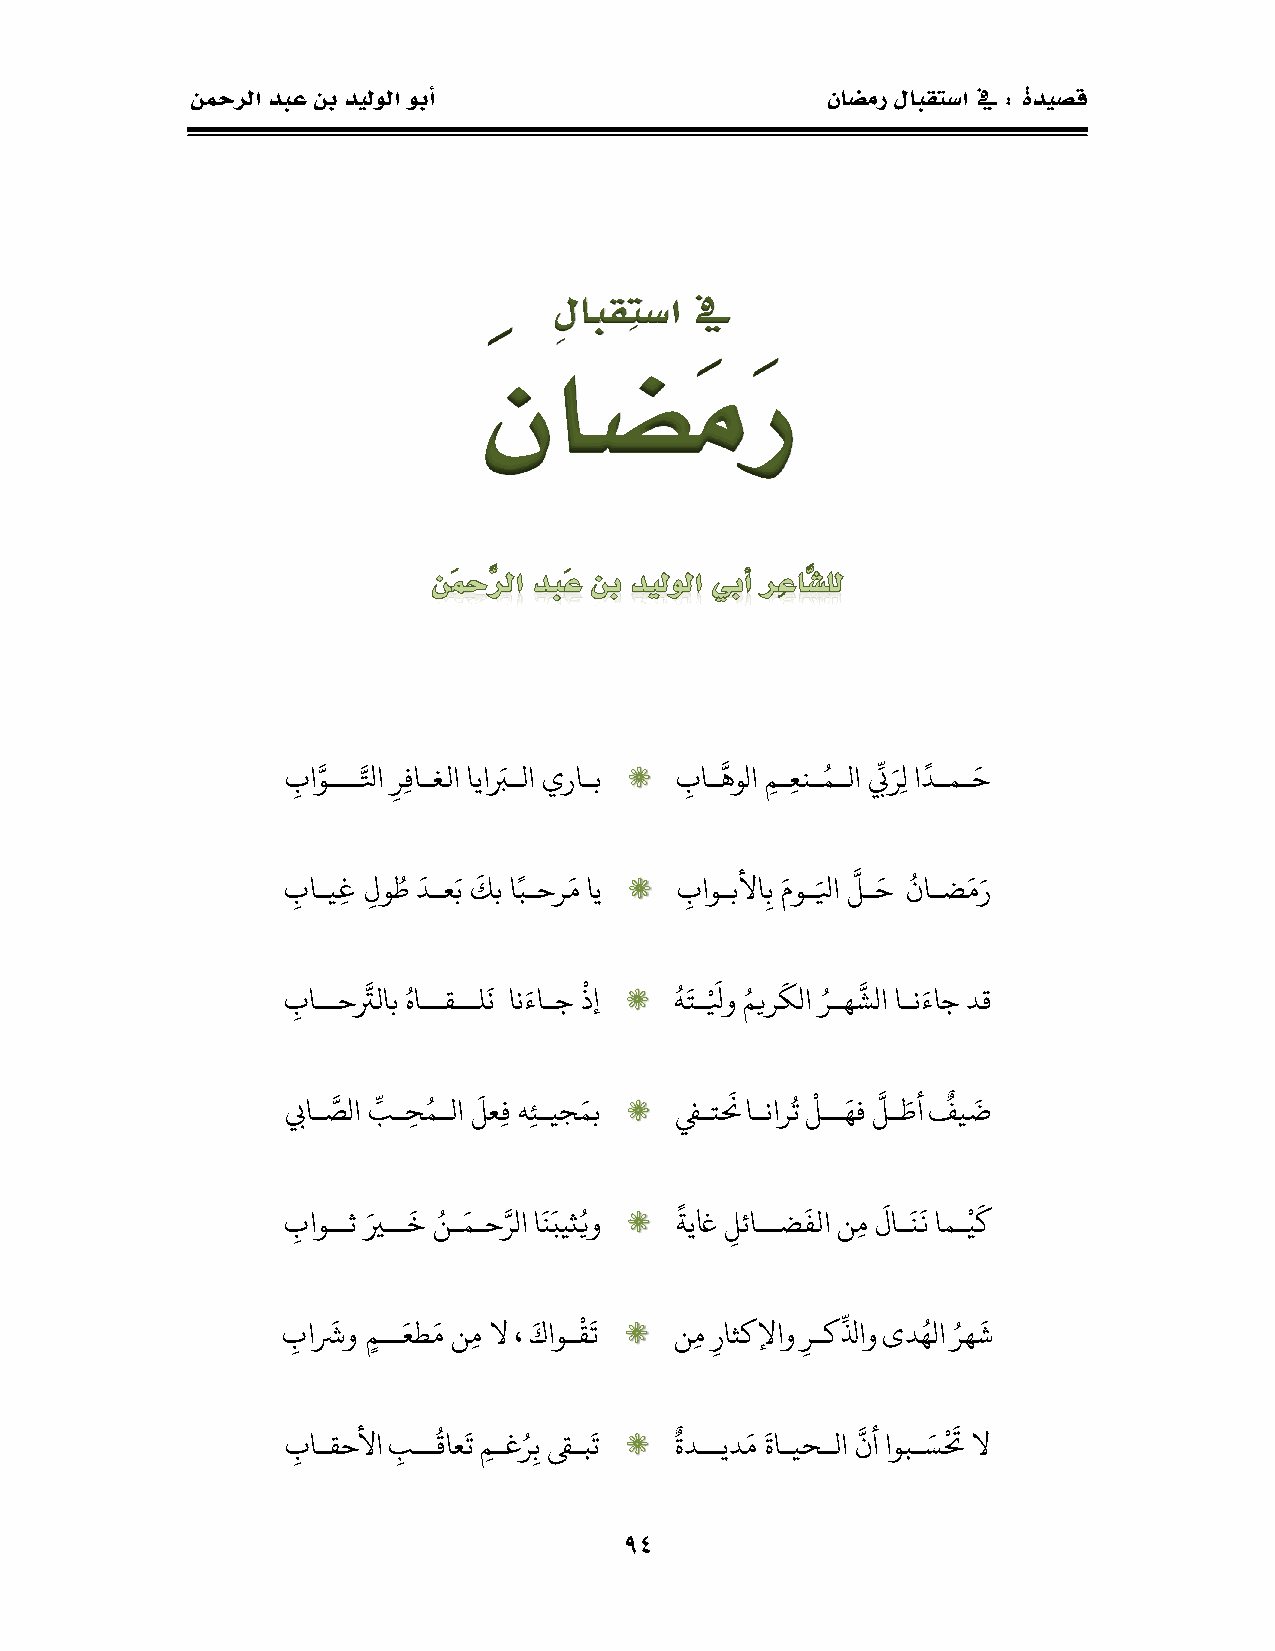
نحمرلا دبع نب ديلولا وبأ                  ناضمر لابقتسا في : ةديصق
 ِلابقتِسا في
 َناضمَ            َر
 ـ  ـ        ـ              ـ         ِ ـ ً  ـ
 َ َب اَوـــَلاَر َف اـ اَاااَبـ اَيراـبََََ َََََب اـَهولاَم ـَع نـَمـ اََبَّر َلَادـمـَح
 ـ ـ ـ ً   ـ             ـ ـ  ـ ـ    ـ ـ
 َ َب اـيَغ َََل وَطََدـعَبََكبَاَبـحرَمَااََََ َََََب اوـبلأاَ بَموـَلاَلـَحََناـضَمَر
 ـ       ـ  ـ   ي     ـ ي ـ  ـ    ـ   ـ
 َ َب اــحتَّ ابََهاــقــلَنََانَءاـجَذإََََ َََََهتـَلوَميرَكلاَرـهَشلاَاـنَءاجَدق
 ـ  ِ      ـ      ـ        ـ     ي ـ ـ ـ    ـ
 َ بياـَصلاَبـَح َمـ اَلع فَهَ ئـيجَمبََََ ََََفيـتنََاـنارتََلــَهفََلـَطأََفيَض
 ـ  ـ   ـ ـ  ـ ـ      ً       ـ    ـ ـ ـ ي ـ
 َ َب اوــث َََيــَخَنـَمـحَرلاَانبيثيوََََ َََََةاغاََل ئاــضَف اَنَم َلاـَننَامـَيك
 ـ    ـ ـ     ـ  ي ـ               ِ        ـ
 َ َب اَشوَََم ــَعطَمَنَم َلاَ،ََكاوـَقتََََ ََََنَم ََر اثكلإاوََر ـكَلاوَىدَهلاََرهَش
 ـ       ـ         ـ ـ     ـ   ـ ي ـ
 َ َب اـقحلأاََب ــَقاعَتَم ـغر بَقىـبَتََََ َََََةدــادَم َََةاـيحـ اَنأَاوبـَستََلا
 49